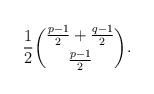
LaTeX: \begin{align*} \frac{1}{2}\binom{\frac{p - 1}{2} + \frac{q - 1}{2}}{\frac{p - 1}{2}}. \end{align*}